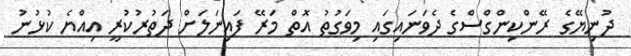
ދުނިޔޭގެ ރޭންކިންގްސްގެ ދެވަނައިގައި މިވަގުތު އޮތް މަރޭ ފައިނަލަށް ދަތުރުކުރީ އިއްޔެ ކުޅުނު